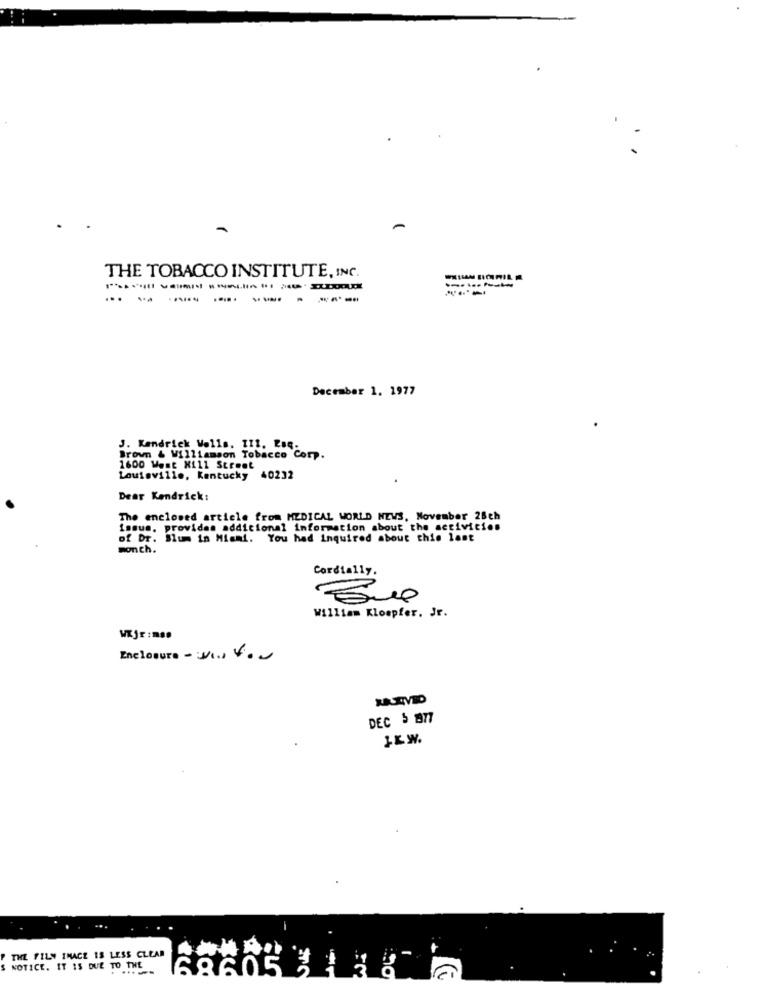
THE TOBACCO INSTITUTE, INC.
--------- -. 0
.----------
December 1. 1977
J. Kendrick Wells. 111. Esq.
Brown & Williamson Tobacco Corp.
1600 Went Hill Street
Louisville, Kentucky 40232
Dear Kendrick:
The enclosed article from MEDICAL WORLD NEWS, November 28ch
Lamus. provides additional information about the activities
of Dr. Blum in Miami. You had Inquired about this last
monch.
Cordially.
William Kloepfer, Jr.
WKjr:mse
Enclosure - VI, V.
DEC $ 1877
IK W.
THE FILM IMAGE IS LESS CLEAR
-
S NOTICE. IT IS DUE TO THE